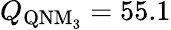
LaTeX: Q_{\mathrm{QNM_{3}}}=55.1